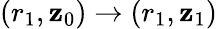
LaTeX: (r_{1},\mathbf{z}_{0})\rightarrow(r_{1},\mathbf{z}_{1})